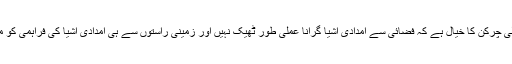
تاہم روسی سفیر وتالی چرکن کا خیال ہے کہ فضائی سے امدادی اشیا گرانا عملی طور ٹھیک نہیں اور زمینی راستوں سے ہی امدادی اشیا کی فراہمی کو موقع دیا جانا چاہیے۔